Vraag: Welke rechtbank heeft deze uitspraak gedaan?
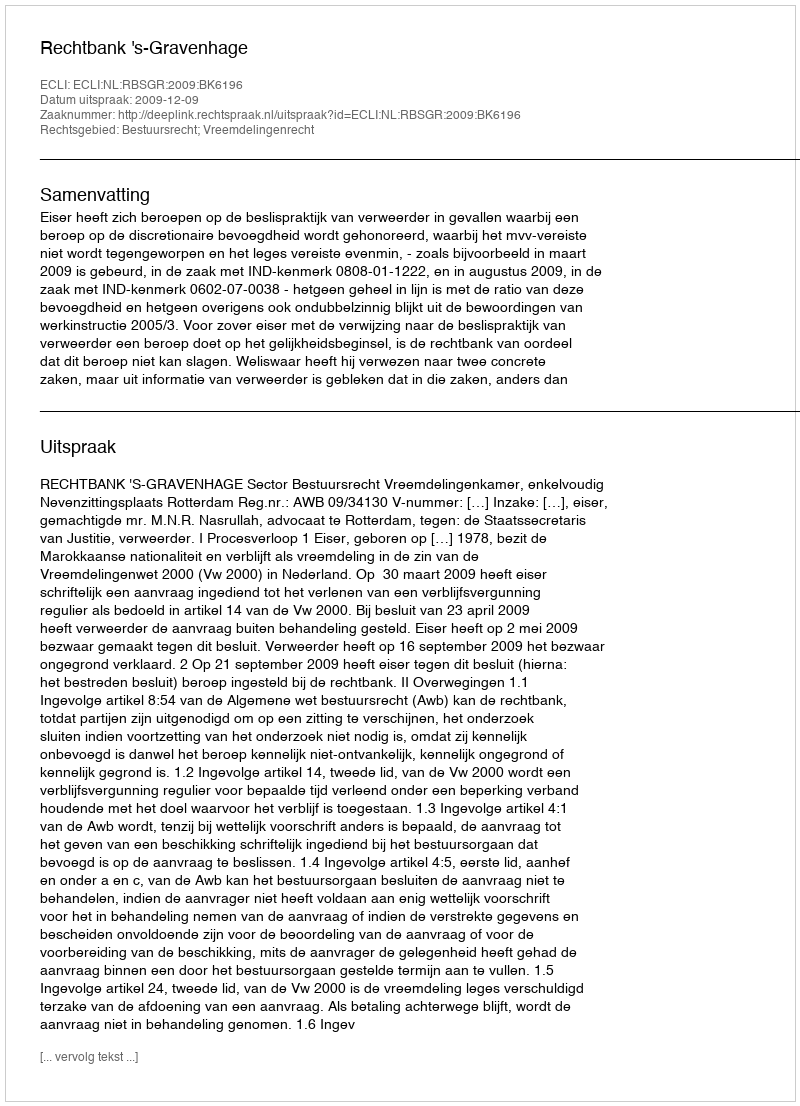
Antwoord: Rechtbank 's-Gravenhage